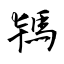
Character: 駂